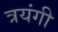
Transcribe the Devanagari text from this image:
त्रयंगी